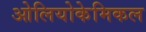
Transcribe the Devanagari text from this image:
ओलियोकेमिकल